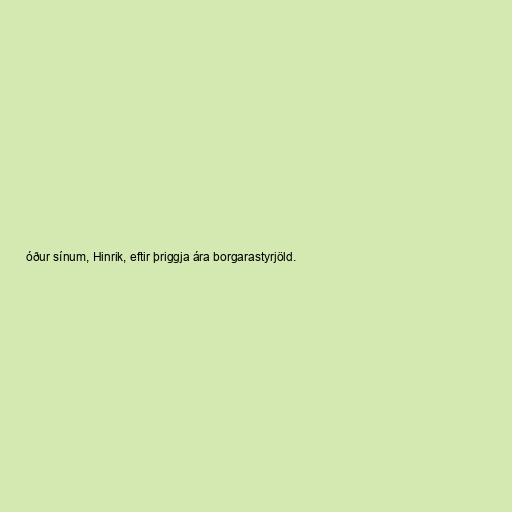
óður sínum, Hinrik, eftir þriggja ára borgarastyrjöld.